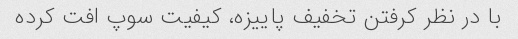
با در نظر کرفتن تخفیف پاییزه، کیفیت سوپ افت کرده